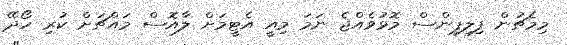
މިމެޗުން ފިލިޕިންސް މޮޅުވެއްޖެ ނަމަ މިއީ އެޓީމަށް ލާއޮސް މައްޗަށް ކުރި ހޯދޭ